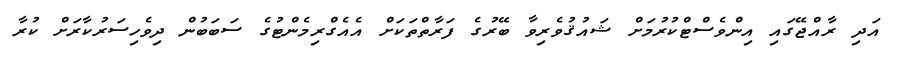
އަދި ރާއްޖޭގައި އިންވެސްޓްކުރުމަށް ޝައުޤުވެރިވާ ބޭރުގެ ފަރާތްތަކަށް އެއެގްރިމެންޓުގެ ސަބަބުން ދިވެހިސަރުކާރަށް ކުރާ